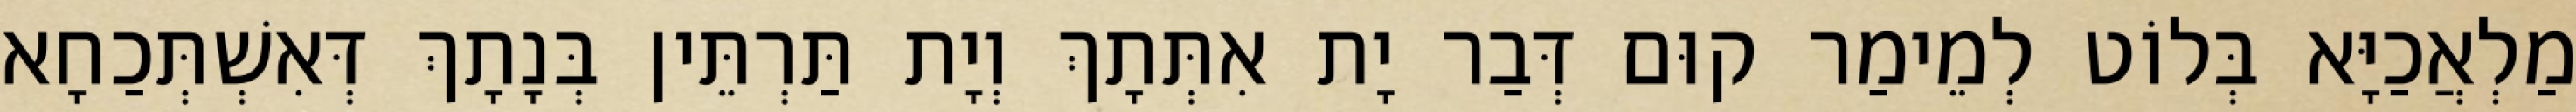
מַלְאֲכַיָּא בְּלוֹט לְמֵימַר קוּם דְּבַר יָת אִתְּתָךְ וְיָת תַּרְתֵּין בְּנָתָךְ דְּאִשְׁתְּכַחָא